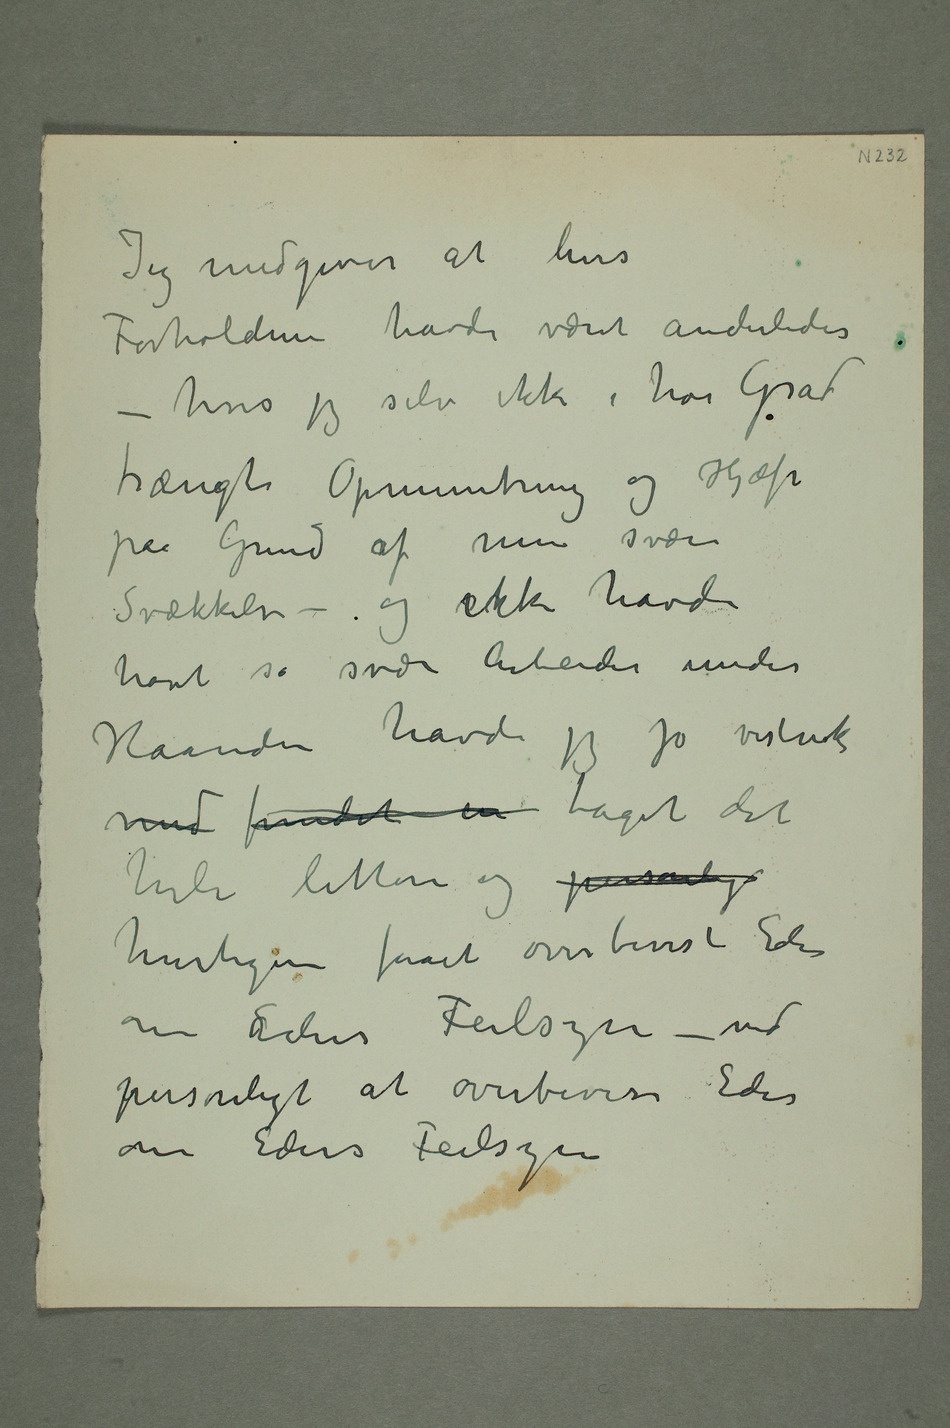
Jeg medgiver at hvis
Forholdene havde været anderledes
– hvis jeg selv ikke i høi Grad
paa Grund af min svære
Svækkelse – og eikke havde
haft så svære Arbeider under
Haanden havde jeg jo vistnok
med fundet en taget det
hele lettere og personlig
hurtigere faaet overbevist Eder
om Eders Feilsyn – ved
personligt at overbevise Eder
om Eders Feilsyn